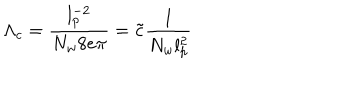
LaTeX: \Lambda _ { c } = \frac { l _ { p } ^ { - 2 } } { N _ { w } 8 e \pi } = \tilde { c } \frac { 1 } { N _ { w } l _ { p } ^ { 2 } }